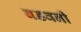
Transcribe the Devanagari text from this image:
बडवनी